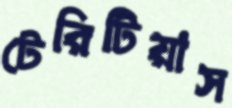
টেরিটিয়াস